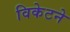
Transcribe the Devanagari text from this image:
विकेटने